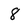
Character: 8